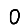
Digit: 0